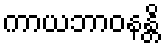
ကာယဘာဝနန္တိ